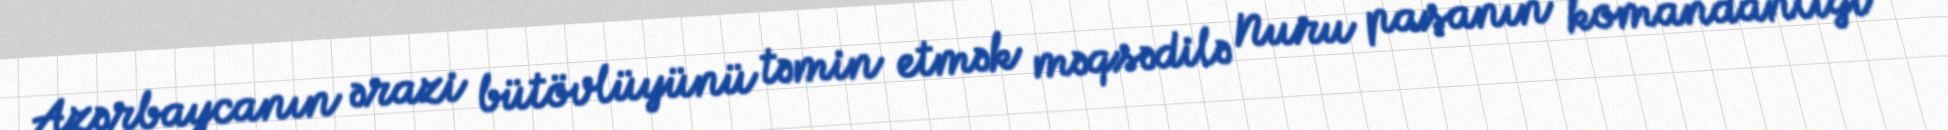
Azərbaycanın ərazi bütövlüyünü təmin etmək məqsədilə Nuru paşanın komandanlığı